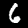
Label: 6